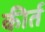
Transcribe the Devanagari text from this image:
कीर्त